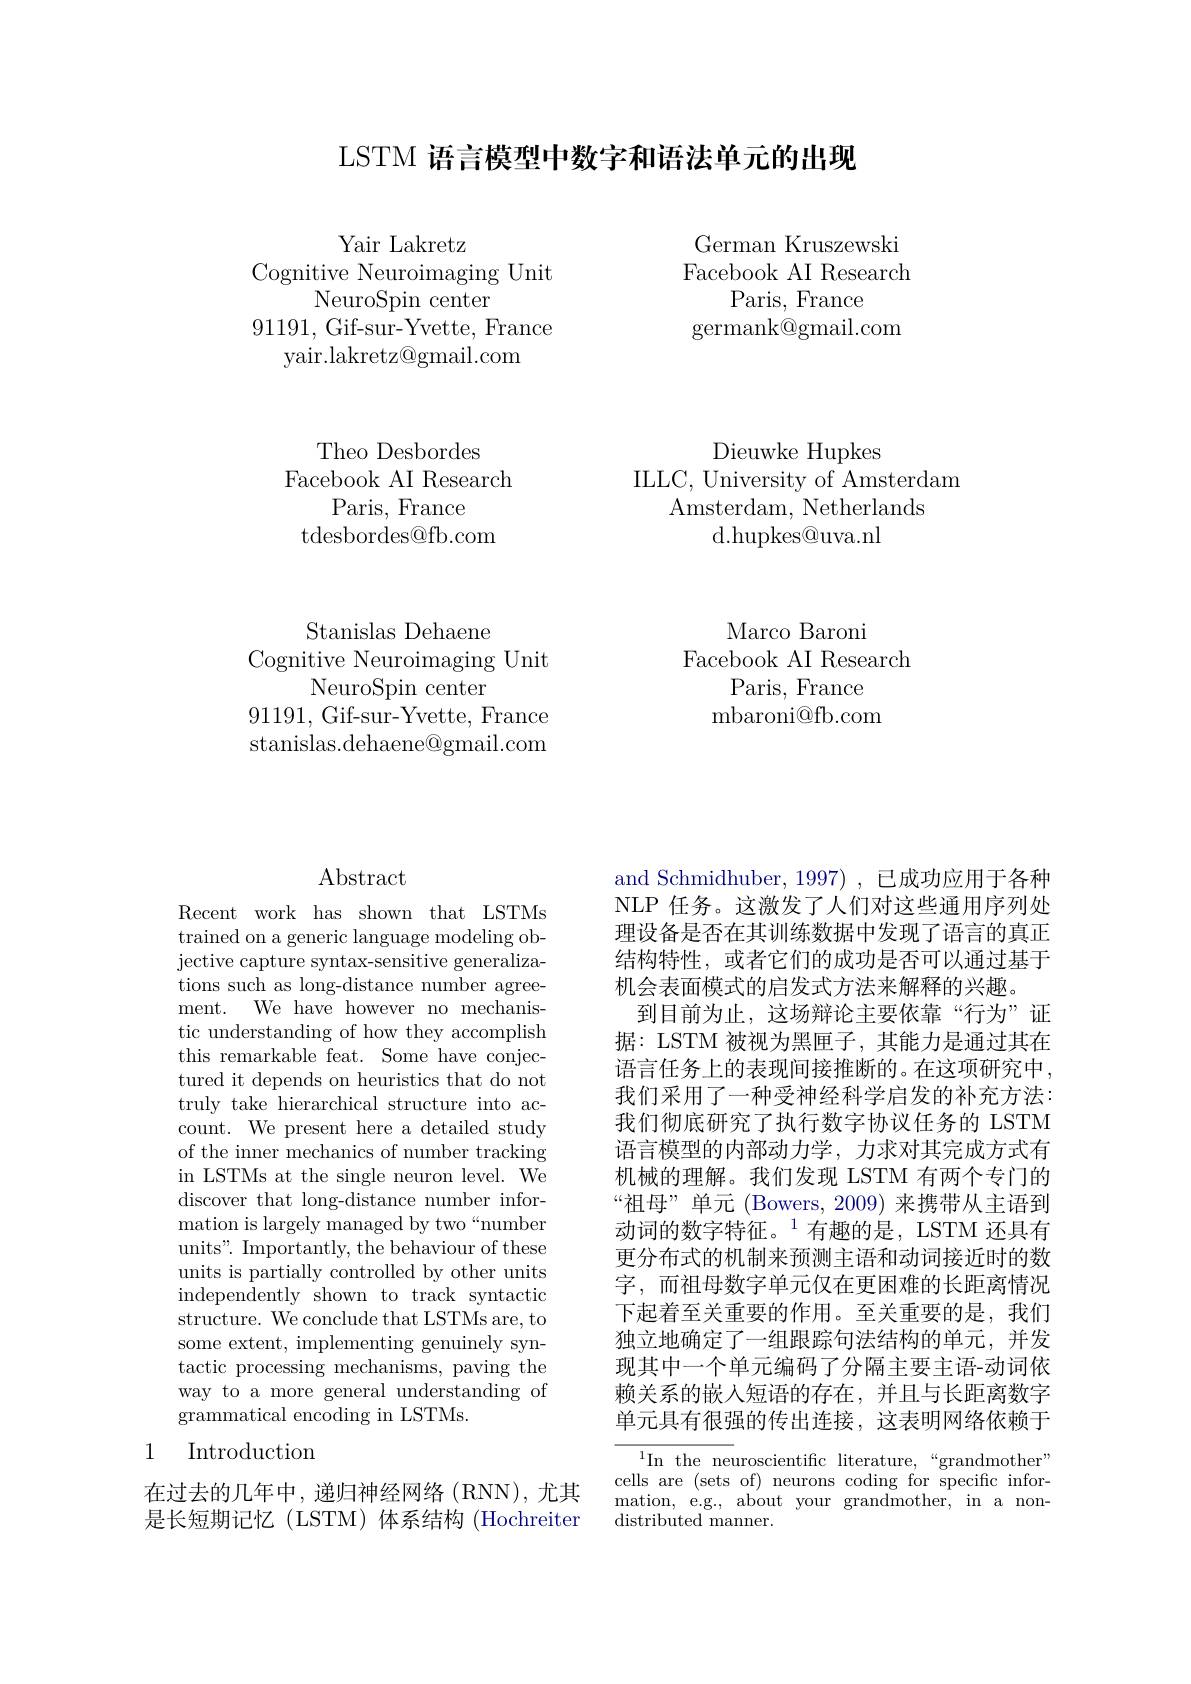
LSTM 语言模型中数字和语法单元的出现

German Kruszewski Facebook AI Research
Paris, France
germank@gmail.com

Yair Lakretz
Cognitive Neuroimaging Unit
NeuroSpin center
91191, Gif-sur-Yvette, France
yair.lakretz@gmail.com

Dieuwke Hupkes

ILLC, University of Amsterdam

Amsterdam, Netherlands

d.hupkes@uva.nl

Theo Desbordes
Facebook AI Research
Paris, France
tdesbordes@fb.com

Marco Baroni
Facebook AI Research
Paris, France
mbaroni@fb.com

Stanislas Dehaene
Cognitive Neuroimaging Unit
NeuroSpin center
91191, Gif-sur-Yvette, France stanislas.dehaene@gmail.com

## Abstract

Recent work has shown that LSTMs trained on a generic language modeling objective capture syntax-sensitive generalizations such as long-distance number agreement. We have however no mechanistic understanding of how they accomplish this remarkable feat. Some have conjectured it depends on heuristics that do not truly take hierarchical structure into account. We present here a detailed study of the inner mechanics of number tracking in LSTMs at the single neuron level. We discover that long-distance number information is largely managed by two“number units". Importantly, the behaviour of these units is partially controlled by other units independently shown to track syntactic structure. We conclude that LSTMs are, to some extent, implementing genuinely syntactic processing mechanisms, paving the way to a more general understanding of grammatical encoding in LSTMs.

## 1 Introduction

在过去的几年中，递归神经网络(RNN),尤其是长短期记忆(LSTM)体系结构(Hochreiter

and Schmidhuber, 1997), 已成功应用于各种NLP 任务。这激发了人们对这些通用序列处理设备是否在其训练数据中发现了语言的真正结构特性，或者它们的成功是否可以通过基于机会表面模式的启发式方法来解释的兴趣。
到目前为止，这场辩论主要依靠“行为”证据：LSTM 被视为黑匣子，其能力是通过其在语言任务上的表现间接推断的。在这项研究中， 我们采用了一种受神经科学启发的补充方法： 我们彻底研究了执行数字协议任务的 LSTM 语言模型的内部动力学，力求对其完成方式有机械的理解。我们发现 LSTM 有两个专门的“祖母”单元(Bowers,2009)来携带从主语到动词的数字特征。$^{1}$有趣的是，LSTM 还具有更分布式的机制来预测主语和动词接近时的数字，而祖母数字单元仅在更困难的长距离情况下起着至关重要的作用。至关重要的是，我们独立地确定了一组跟踪句法结构的单元，并发现其中一个单元编码了分隔主要主语-动词依赖关系的嵌入短语的存在，并且与长距离数字单元具有很强的传出连接，这表明网络依赖于${\overline{{^{1}\text{In the neuroscientific literature,“grandmother”}}}}$

cells are (sets of) neurons coding for specific information, e.g., about your grandmother, in a nondistributed manner.